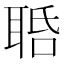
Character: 𦕾